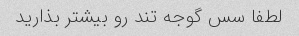
لطفا سس گوجه تند رو بیشتر بذارید